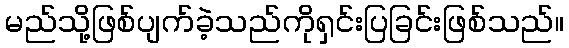
မည်သို့ဖြစ်ပျက်ခဲ့သည်ကိုရှင်းပြခြင်းဖြစ်သည်။